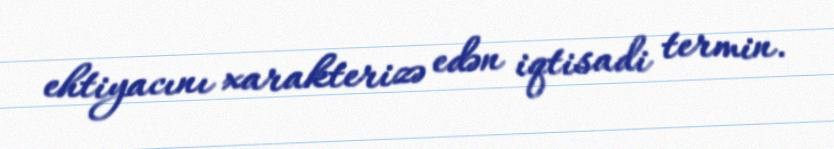
ehtiyacını xarakterizə edən iqtisadi termin.